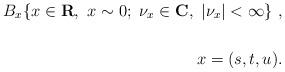
LaTeX: \begin{align*}B_x \{ x \in {\bf R},\ x \sim 0;\ {\nu}_x \in {\bf C},\ |{\nu}_x| < \infty \}\ ,\\\\\ x = (s,t,u) .\end{align*}